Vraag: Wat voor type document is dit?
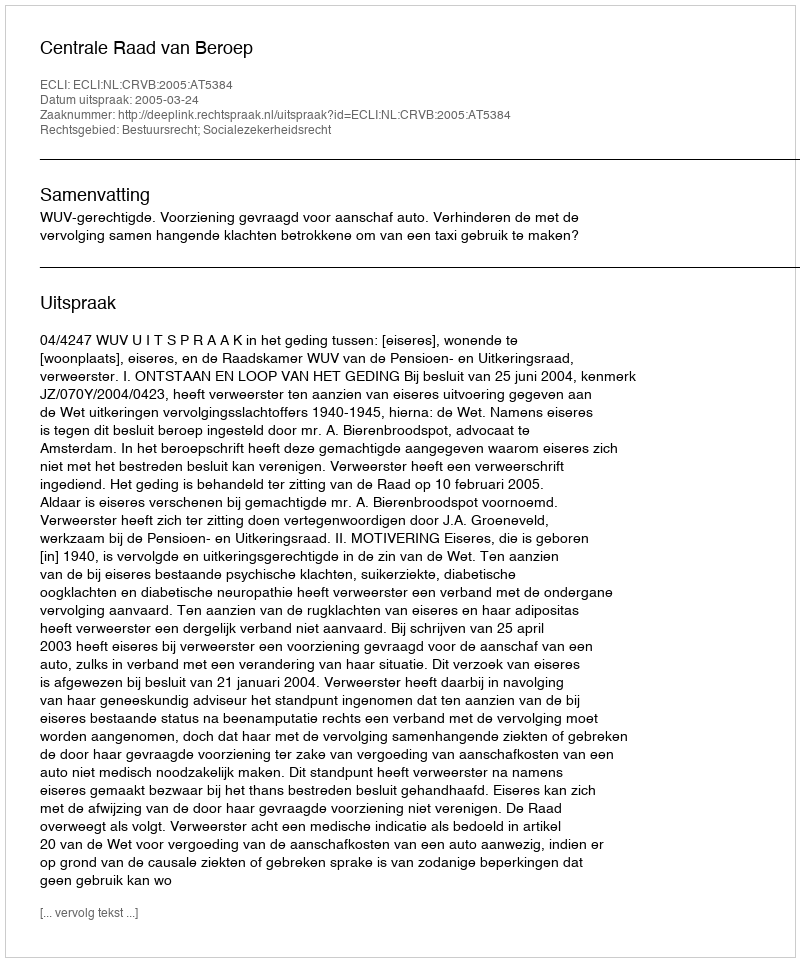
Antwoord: Uitspraak